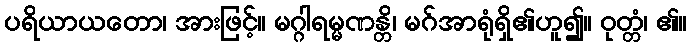
ပရိယာယတော၊ အားဖြင့်။ မဂ္ဂါရမ္မဏန္တိ၊ မဂ်အာရုံရှိ၏ဟူ၍။ ဝုတ္တံ၊ ၏။